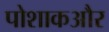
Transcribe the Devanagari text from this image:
पोशाकऔर